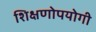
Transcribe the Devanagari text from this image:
शिक्षणोपयोगी